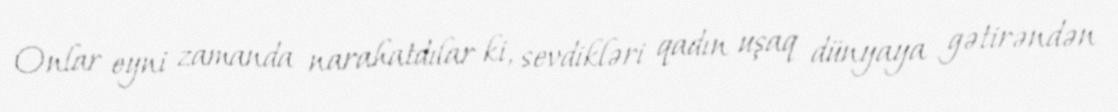
Onlar eyni zamanda narahatdılar ki, sevdikləri qadın uşaq dünyaya gətirəndən